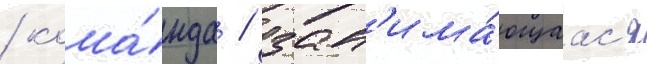
/ кома́нда / зан'има́ющаас'я